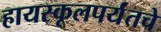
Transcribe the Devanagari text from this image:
हायस्कूलपर्यंतचे